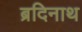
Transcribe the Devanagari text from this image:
ब्रदिनाथ